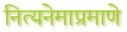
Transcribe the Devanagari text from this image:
नित्यनेमाप्रमाणे